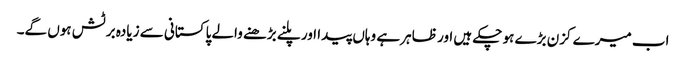
اب میرے کزن بڑے ہو چکے ہیں اور ظاہر ہے وہاں پیدا اور پلنے بڑھنے والے پاکستانی سے زیادہ برٹش ہوں گے۔